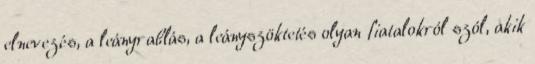
elnevezés, a leányrablás, a leányszöktetés olyan fiatalokról szól, akik